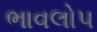
ભાવલોપ